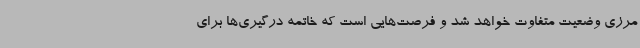
مرزی وضعیت متفاوت خواهد شد و فرصت‌هایی است که خاتمه درگیری‌ها برای